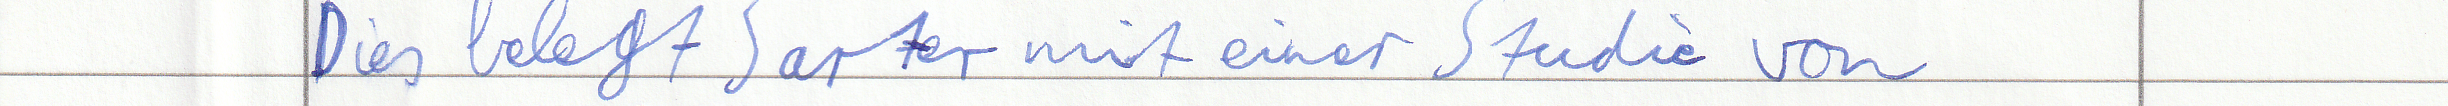
Dies belegt Sarter mit einer Studie von